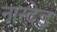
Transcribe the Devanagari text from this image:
नान्देड़